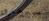
ستحترق